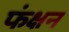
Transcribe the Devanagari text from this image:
फंक्षन